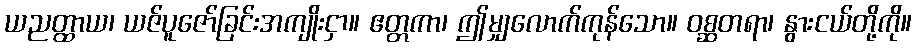
ယညတ္ထာယ၊ ယဇ်ပူဇော်ခြင်းအကျိုးငှာ။ ဧတ္တကာ၊ ဤမျှလောက်ကုန်သော။ ဝစ္ဆတရာ၊ နွားငယ်တို့ကို။